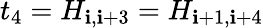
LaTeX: t_{4}=H_{\mathbf{i},\mathbf{i}+3}=H_{\mathbf{i}+1,\mathbf{i}+4}